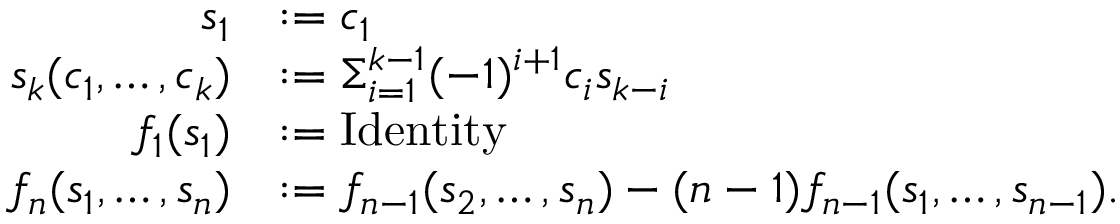
\begin{array} { r l } { s _ { 1 } } & { : = c _ { 1 } } \\ { s _ { k } ( c _ { 1 } , \ldots , c _ { k } ) } & { : = \Sigma _ { i = 1 } ^ { k - 1 } ( - 1 ) ^ { i + 1 } c _ { i } s _ { k - i } } \\ { f _ { 1 } ( s _ { 1 } ) } & { : = \operatorname { I d e n t i t y } } \\ { f _ { n } ( s _ { 1 } , \ldots , s _ { n } ) } & { : = f _ { n - 1 } ( s _ { 2 } , \ldots , s _ { n } ) - ( n - 1 ) f _ { n - 1 } ( s _ { 1 } , \ldots , s _ { n - 1 } ) . } \end{array}